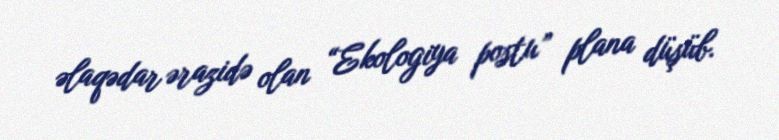
əlaqədar ərazidə olan “Ekologiya postu” plana düşüb.